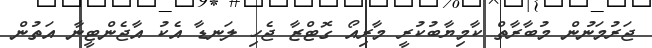
ޖަރުމަނުން މުބާރާތް ކާމިޔާބުކުރީ މާރިއޯ ގޮޓްޒާ ޖެހި ލަނޑާ އެކު އާޖެންޓީނާ އަތުން